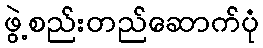
ဖွဲ့စည်းတည်ဆောက်ပုံ